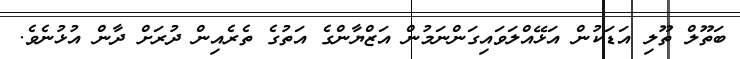
ބަތޫލް ތޫލި އަޑަކުން އަޅޭއްލަވައިގަންނަމުން އަޒްޔާންގެ އަތުގެ ތެރެއިން ދުރަށް ދާން އުޅުނެވެ.